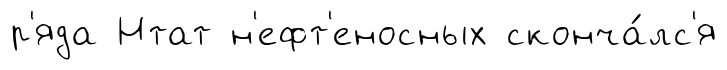
р'яда Нтат н'ефт'еносных сконча́лс'я